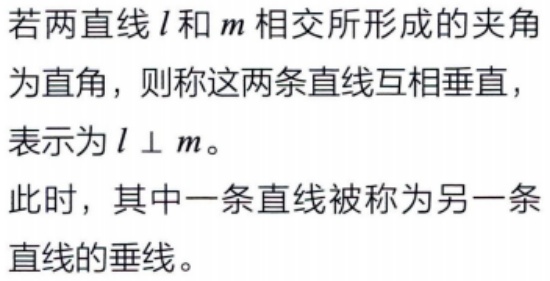
若两直线\(l\)和\(m\)相交所形成的夹角为直角，则称这两条直线互相垂直，表示为\(l \perp m\)。

此时，其中一条直线被称为另一条直线的垂线。